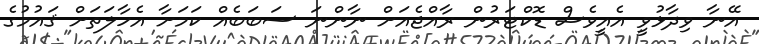
އޭނާ ވިދާޅުވީ އެއީވެސް ޑޮކްޓަރުން ރާއްޖެއަށް ނާންނަ ސަބަބެއް ކަމަށާ އެހާލަތަށް ޤައުމުގެ